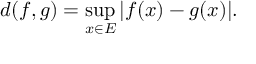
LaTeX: d ( f , g ) = \operatorname* { s u p } _ { x \in E } | f ( x ) - g ( x ) | .